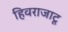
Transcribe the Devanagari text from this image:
हिवराजाटू